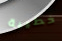
خطيبة